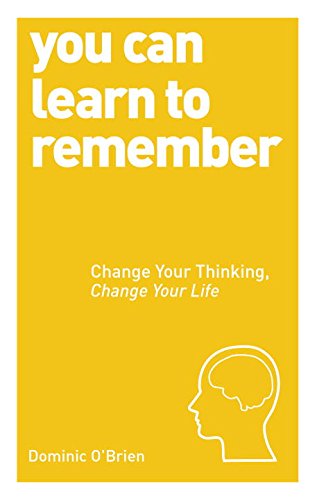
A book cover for You Can Learn to Remember: Change Your Thinking, Change Your Life (You Can... (Watkins Publishing)); Dominic O'Brien; Self-Help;